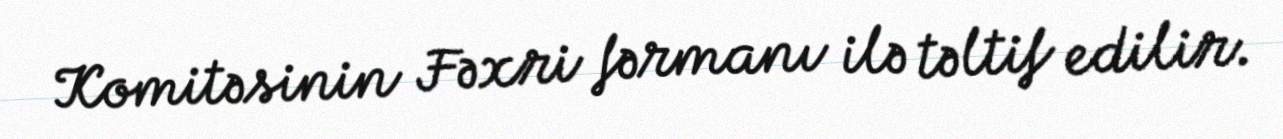
Komitəsinin Fəxri fərmanı ilə təltif edilir.